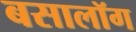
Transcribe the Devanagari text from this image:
बसालॉग